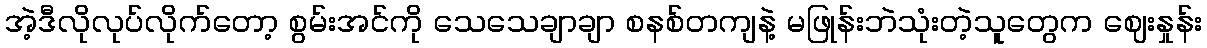
အဲ့ဒီလိုလုပ်လိုက်တော့ စွမ်းအင်ကို သေသေချာချာ စနစ်တကျနဲ့ မဖြုန်းဘဲသုံးတဲ့သူတွေက ဈေးနှုန်း